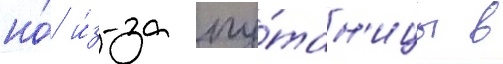
но́ и́з-за пу́тан'ицы в